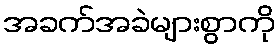
အခက်အခဲများစွာကို